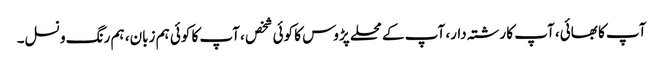
آپ کا بھائی، آپ کا رشتہ دار، آپ کے محلے پڑوس کا کوئی شخص ، آپ کا کوئی ہم زبان، ہم رنگ و نسل۔